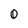
Character: O